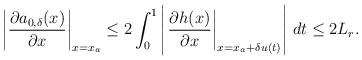
LaTeX: \begin{align*}\left|\dfrac{\partial a_{0,\delta}(x)}{\partial x}\right|_{x = x_a}\le 2 \int_0^1 \left|\left.\dfrac{\partial h(x)}{\partial x} \right|_{x = x_a+\delta u(t)} \right|\, dt \le 2 L_r. \end{align*}